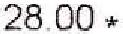
28.00 *